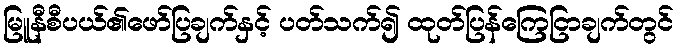
မြူနီစီပယ်၏ဖော်ပြချက်နှင့် ပတ်သက်၍ ထုတ်ပြန်ကြေငြာချက်တွင်